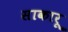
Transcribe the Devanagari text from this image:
साकारू